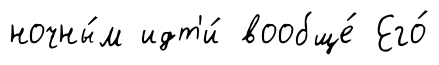
ночны́м идт'и́ вообще́ Его́